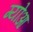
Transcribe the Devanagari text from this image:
ग्योआ